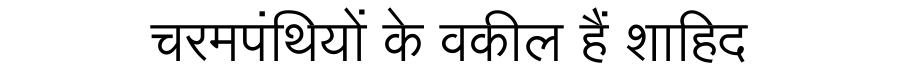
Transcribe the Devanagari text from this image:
चरमपंथियों के वकील हैं शाहिद